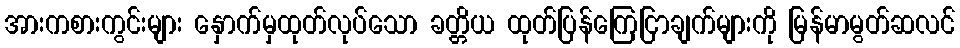
အားကစားကွင်းများ နှောက်မှထုတ်လုပ်သော ခတ္တိယ ထုတ်ပြန်ကြေငြာချက်များကို မြန်မာမွတ်ဆလင်